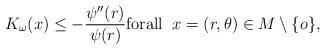
LaTeX: \begin{align*}K_{\omega}(x)\leq -\frac{\psi''(r)}{\psi(r)}\textrm{forall}\;\; x=(r,\theta)\in M\setminus\{o\},\end{align*}